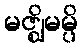
မဇ္ဈိမမ္ပိ